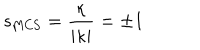
LaTeX: s _ { \mathrm { M C S } } = \frac { \kappa } { | \kappa | } = \pm 1